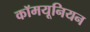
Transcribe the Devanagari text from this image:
कॉमयूनियन